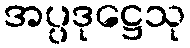
အပ္ပဒုဋ္ဌေသု